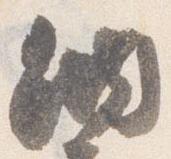
納